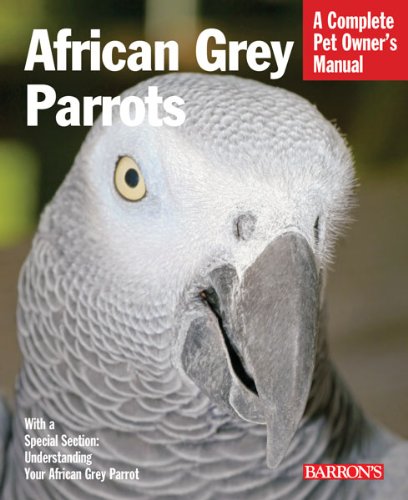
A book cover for African Grey Parrots (Complete Pet Owner's Manual); Margaret T. Wright; Crafts, Hobbies & Home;